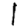
Digit: 1